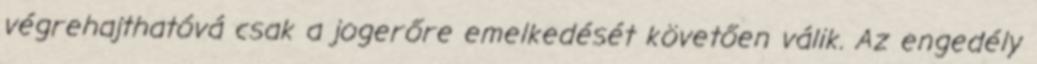
végrehajthatóvá csak a jogerőre emelkedését követően válik. Az engedély